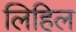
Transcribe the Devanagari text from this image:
लिहिल